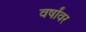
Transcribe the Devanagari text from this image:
वर्षांवर